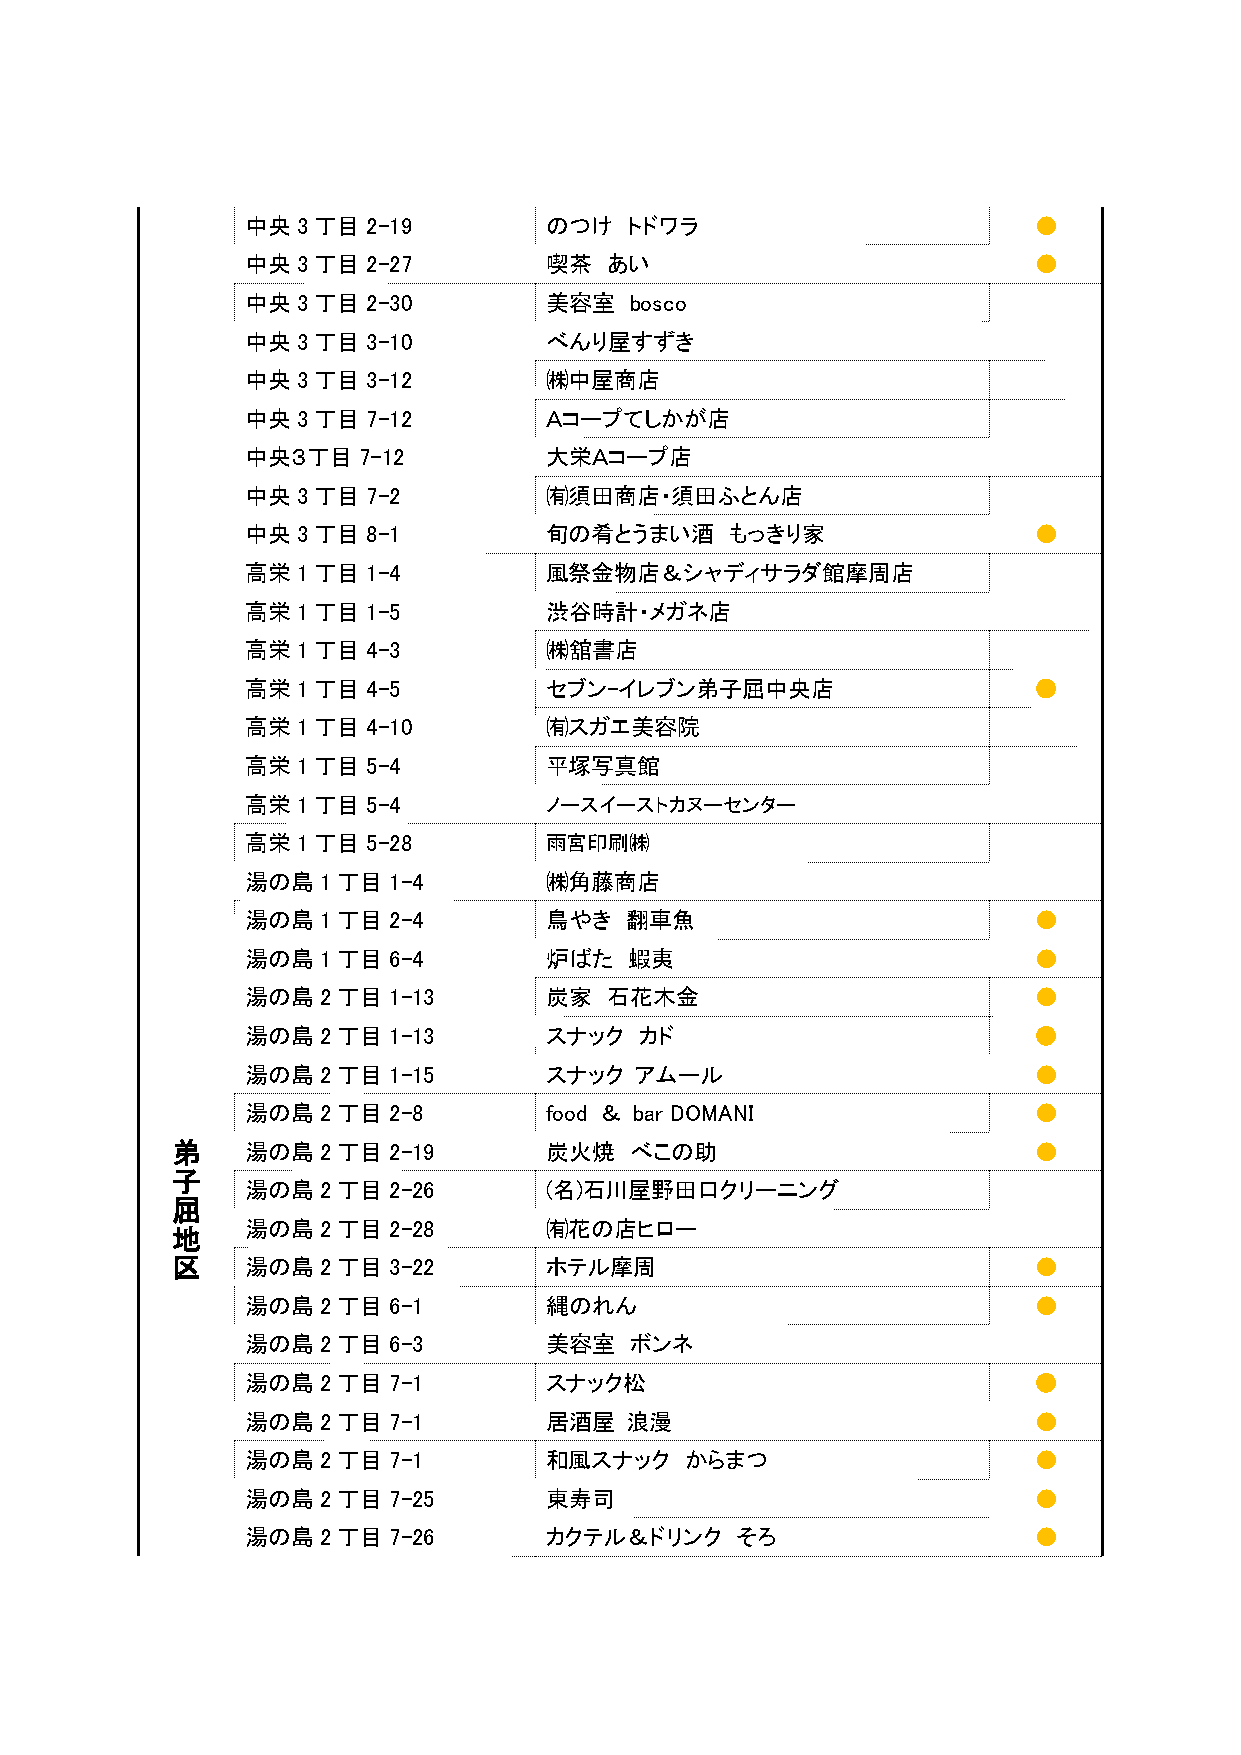
中央3丁目2-19           のつけ   トドワラ                      ●
 中央3丁目2-27           喫茶  あい                          ●
 中央3丁目2-30           美容室   bosco
 中央3丁目3-10           べんり屋すずき
 中央3丁目3-12           ㈱中屋商店
 中央3丁目7-12           Ａコープてしかが店
 中央３丁目7-12           大栄Ａコープ店
 中央3丁目7-2            ㈲須田商店・須田ふとん店
 中央3丁目8-1            旬の肴とうまい酒    もっきり家               ●
 高栄1丁目1-4            風祭金物店＆シャディサラダ館摩周店
 高栄1丁目1-5            渋谷時計・メガネ店
 高栄1丁目4-3            ㈱舘書店
 高栄1丁目4-5            セブン-イレブン弟子屈中央店                  ●
 高栄1丁目4-10           ㈲スガエ美容院
 高栄1丁目5-4            平塚写真館
 高栄1丁目5-4            ノースイーストカヌーセンター
 高栄1丁目5-28           雨宮印刷㈱
 湯の島1丁目1-4           ㈱角藤商店
 湯の島1丁目2-4           鳥やき  翻車魚                        ●
 湯の島1丁目6-4           炉ばた   蝦夷                        ●
 湯の島2丁目1-13          炭家  石花木金                        ●
 湯の島2丁目1-13          スナック  カド                        ●
 湯の島2丁目1-15          スナック  アムール                      ●
 湯の島2丁目2-8           food ＆ bar DOMANI               ●
 弟    湯の島2丁目2-19          炭火焼   べこの助                      ●
 子
 湯の島2丁目2-26          (名)石川屋野田口クリーニング
 屈
 湯の島2丁目2-28          ㈲花の店ヒロー
 地
 区    湯の島2丁目3-22          ホテル摩周                           ●
 湯の島2丁目6-1           縄のれん                            ●
 湯の島2丁目6-3           美容室   ボンネ
 湯の島2丁目7-1           スナック松                           ●
 湯の島2丁目7-1           居酒屋  浪漫                         ●
 湯の島2丁目7-1           和風スナック   からまつ                   ●
 湯の島2丁目7-25          東寿司                             ●
 湯の島2丁目7-26          カクテル＆ドリンク    そろ                 ●